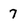
Character: 7